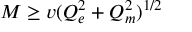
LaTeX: M \ge v ( Q _ { e } ^ { 2 } + Q _ { m } ^ { 2 } ) ^ { 1 / 2 }